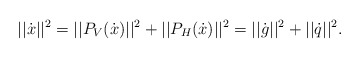
\begin{align*}|| \dot{x} ||^2= || P_V (\dot{x}) ||^2 + || P_H (\dot{x}) ||^2= || \dot{g} ||^2 + || \dot{q} ||^2.\end{align*}